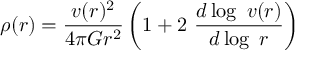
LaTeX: \rho ( r ) = { \frac { v ( r ) ^ { 2 } } { 4 \pi G r ^ { 2 } } } \left( 1 + 2 ~ { \frac { d \log ~ v ( r ) } { d \log ~ r } } \right)